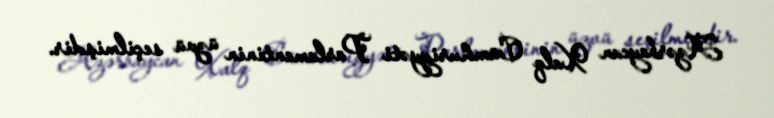
Azərbaycan Xalq Cümhuriyyəti Parlamentinin üzvü seçilmişdir.